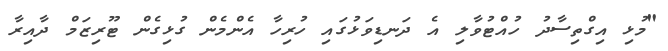
"މުޅި އިގްތިސާދު ހުއްޓުވާލި އެ ދަނޑިވަޅުގައި ހުރިހާ އެންމެން ގުޅިގެން ޓޫރިޒަމް ދާއިރާ